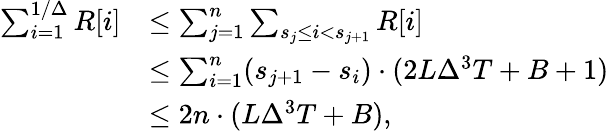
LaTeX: \begin{array}{rl}{\textstyle\sum_{i=1}^{1/\Delta}R[i]}&{\textstyle\le\sum_{j=1}^{n}\sum_{s_{j}\le i<s_{j+1}}R[i]}\\ &{\textstyle\le\sum_{i=1}^{n}(s_{j+1}-s_{i})\cdot(2L\Delta^{3}T+B+1)}\\ &{\textstyle\le 2n\cdot(L\Delta^{3}T+B),}\end{array}